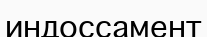
индоссамент